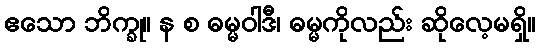
ဧသော ဘိက္ခု။ န စ ဓမ္မဝါဒီ၊ ဓမ္မကိုလည်း ဆိုလေ့မရှိ။